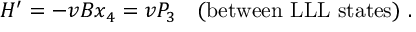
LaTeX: H ^ { \prime } = - v B x _ { 4 } = v P _ { 3 } \quad ( \mathrm { b e t w e e n ~ L L L ~ s t a t e s } ) \ .